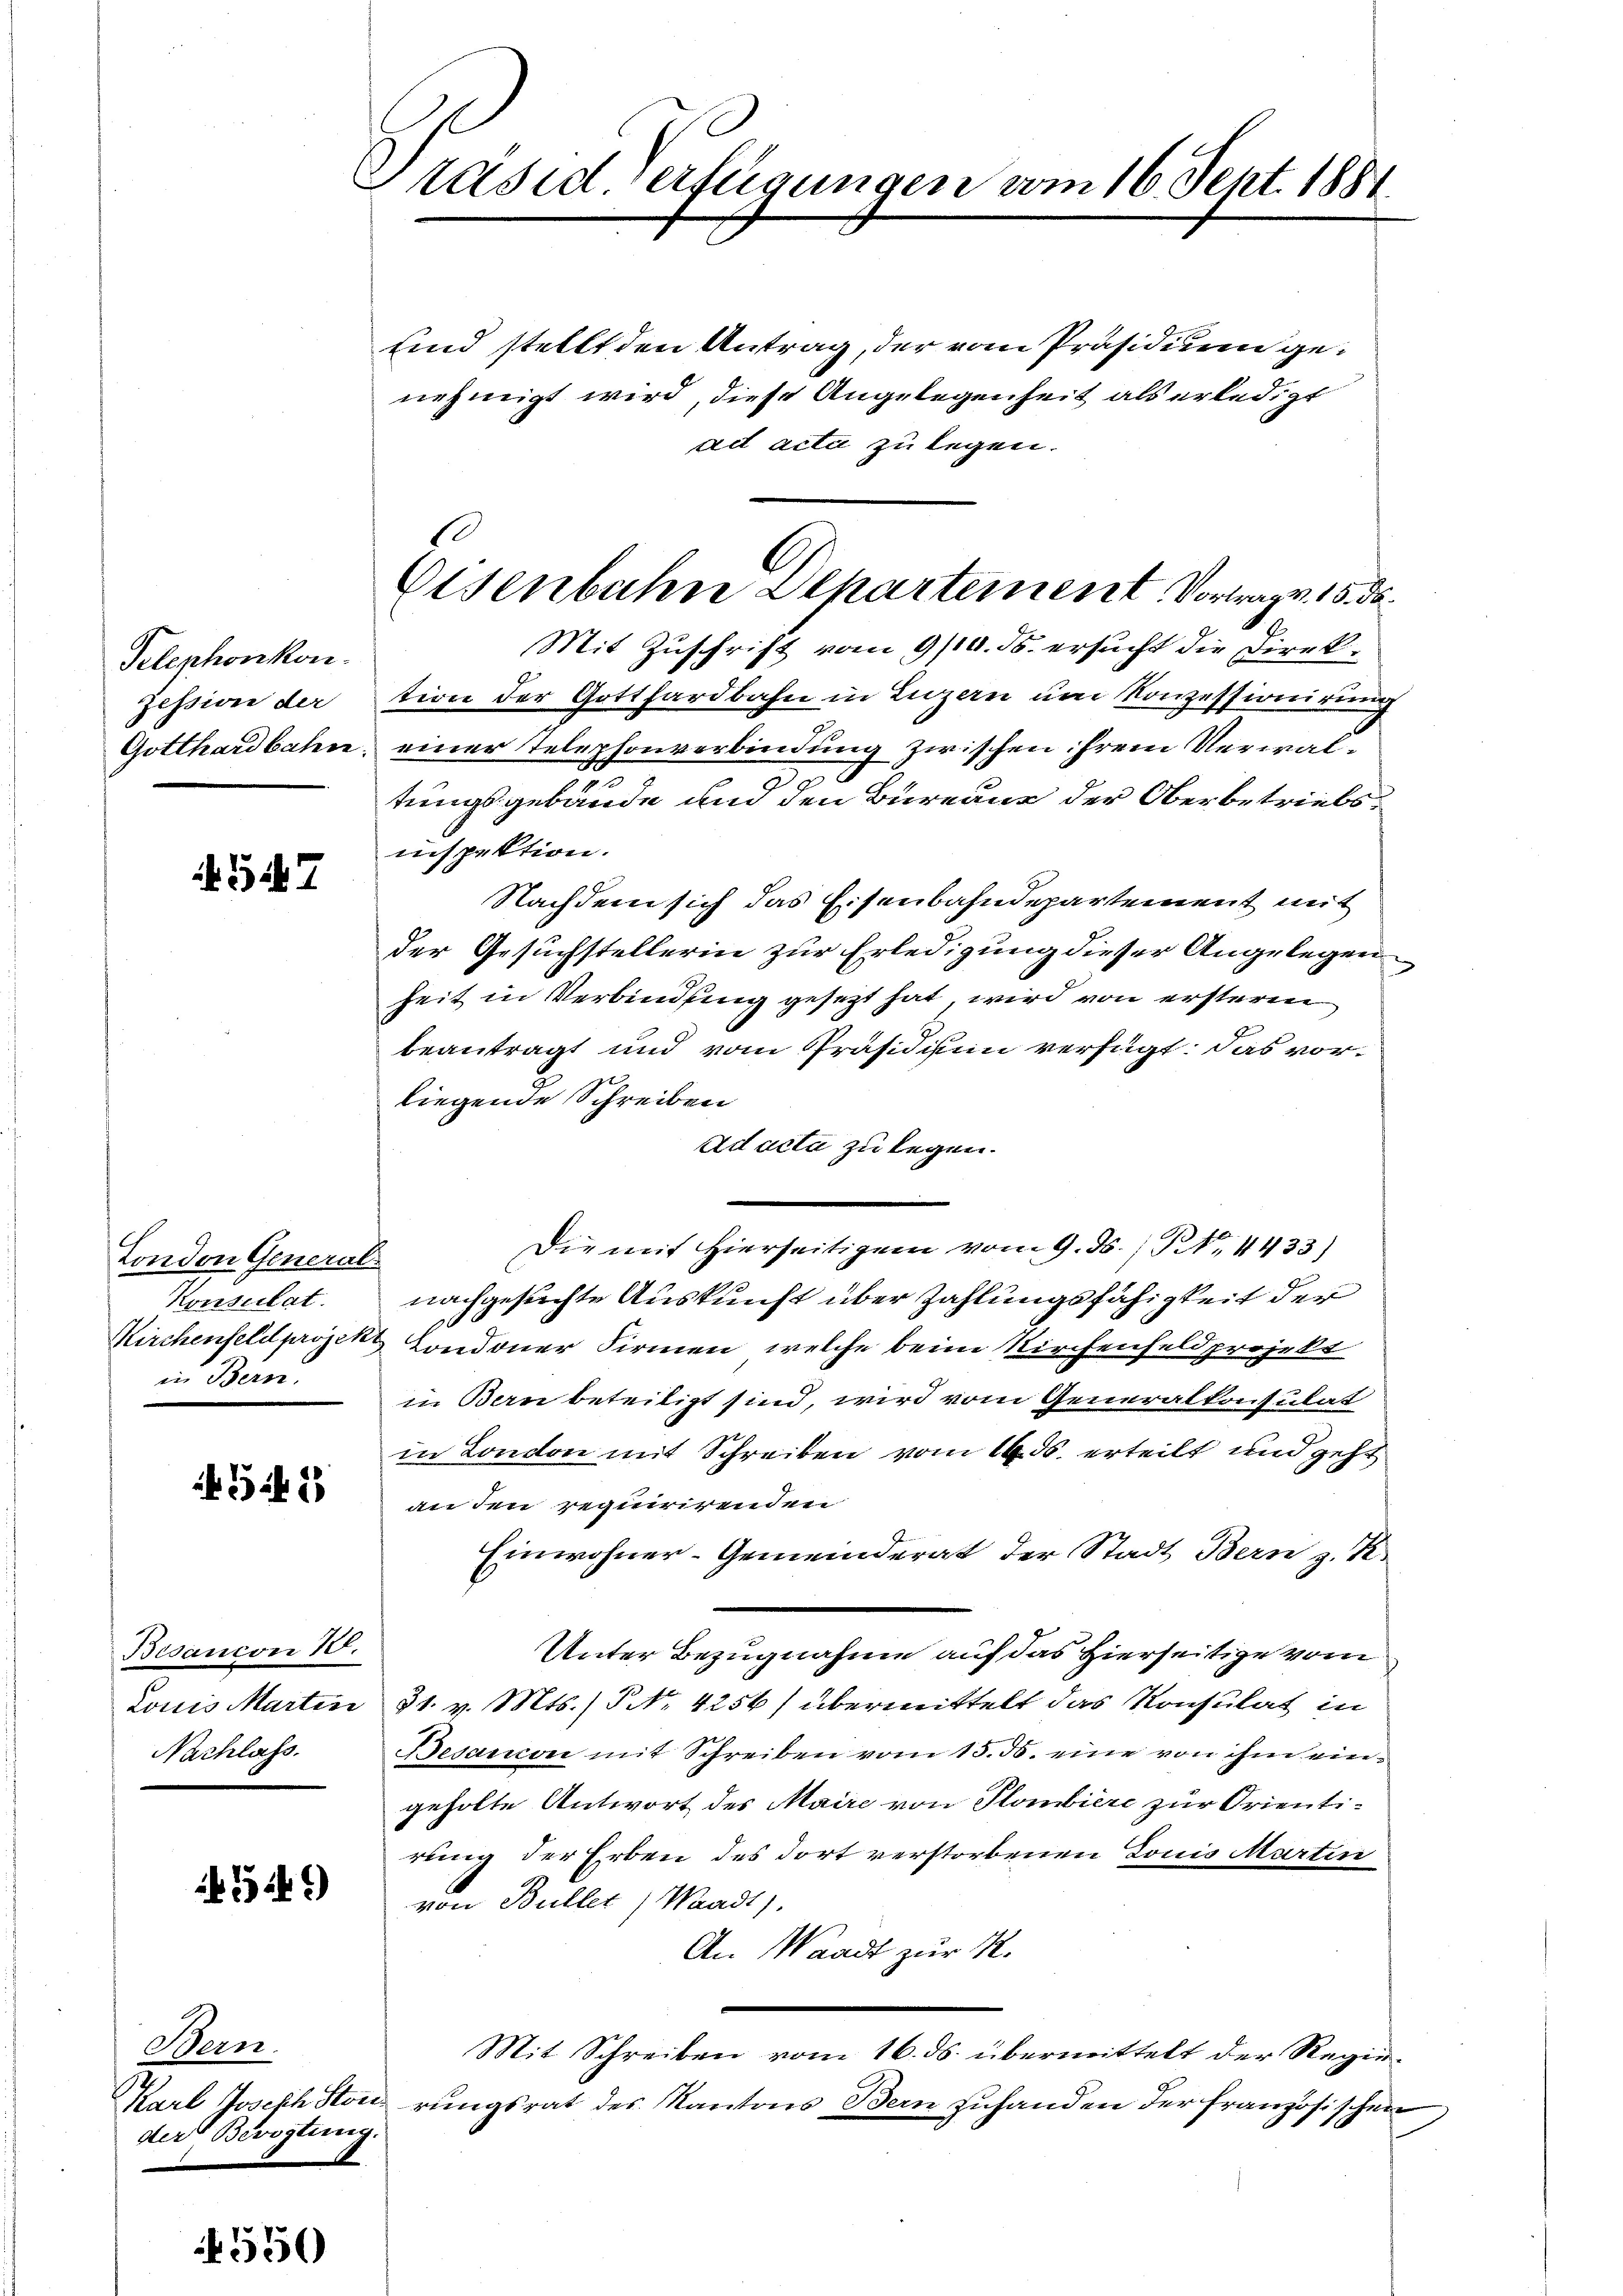
Telephonkon.
Zession der
Gotthardbahn.

57

London General-
Konsulat
in Bern.

5 f 23

Bisancon 10.
Nachlass.

549)

Bern.
der Bevogtung.

550

Präsid. Verfügungen vom 16. Sept. 1881.

.
Eisenbahn Departement. Vortrag. 15. d.

sind stellt den Antrag, der vom Präsidium genehmigt wird, diese Angelegenheit als erledigt
ad acta zu legen.
Mit Zuschrift vom 9/10. ds. ersucht die Direktion der Gotthardbahn in Luzern um Konzessionirung
einer Telephonverbindung zwischen ihrem Verwal¬
5
tungsgebäude und den Bureaus der Oberbetriebsinspektion.
Nachdem sich das Eisenbahndepartement mit
der Gesuchstellerin zur Erledigung dieser Angelegen
heit in Verbindung gesezt hat, wird von ersteren
beantragt und vom Präsidistin verfügt: Das vorliegende Schreiben
ad acta zu legen.
Die mit hierseitigem vom 9. ds. / Nr. 4433)
nachgesuchte Auskunft über Zahlungsfähigkeit der
Kirchenfeld projekt Condoner Firmen, welche beim Kirchenfeld projekt
in Bern beteiligt sind, wird vom Generalkonsulat
in London mit Schreiben vom 16. ds. erteilt und geht
an den requirirenden
Einwohner-Gemeinderat der Stadt Bern z. R.
Unter Bezugnahme auf das Hierseitige vom
Louis Martin 31. v. Mts. / NNo. 4256) übermittelt das Konsulat in
Besandon mit Schreiben vom 15. ds. eine von ihm eingeholte Antwort des Maire von Plombiere zur Orientirung der Erben des dort verstorbenen Louis Martin
von Bullet, Waadt),
An Waadt zur R.
Mit Schreiben vom 16. ds. übermittelt der Regie¬
Karl Joseph Stonirungsrat des Kantons Bern zuhanden der französischen